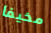
مخيفا